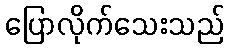
ပြောလိုက်သေးသည်